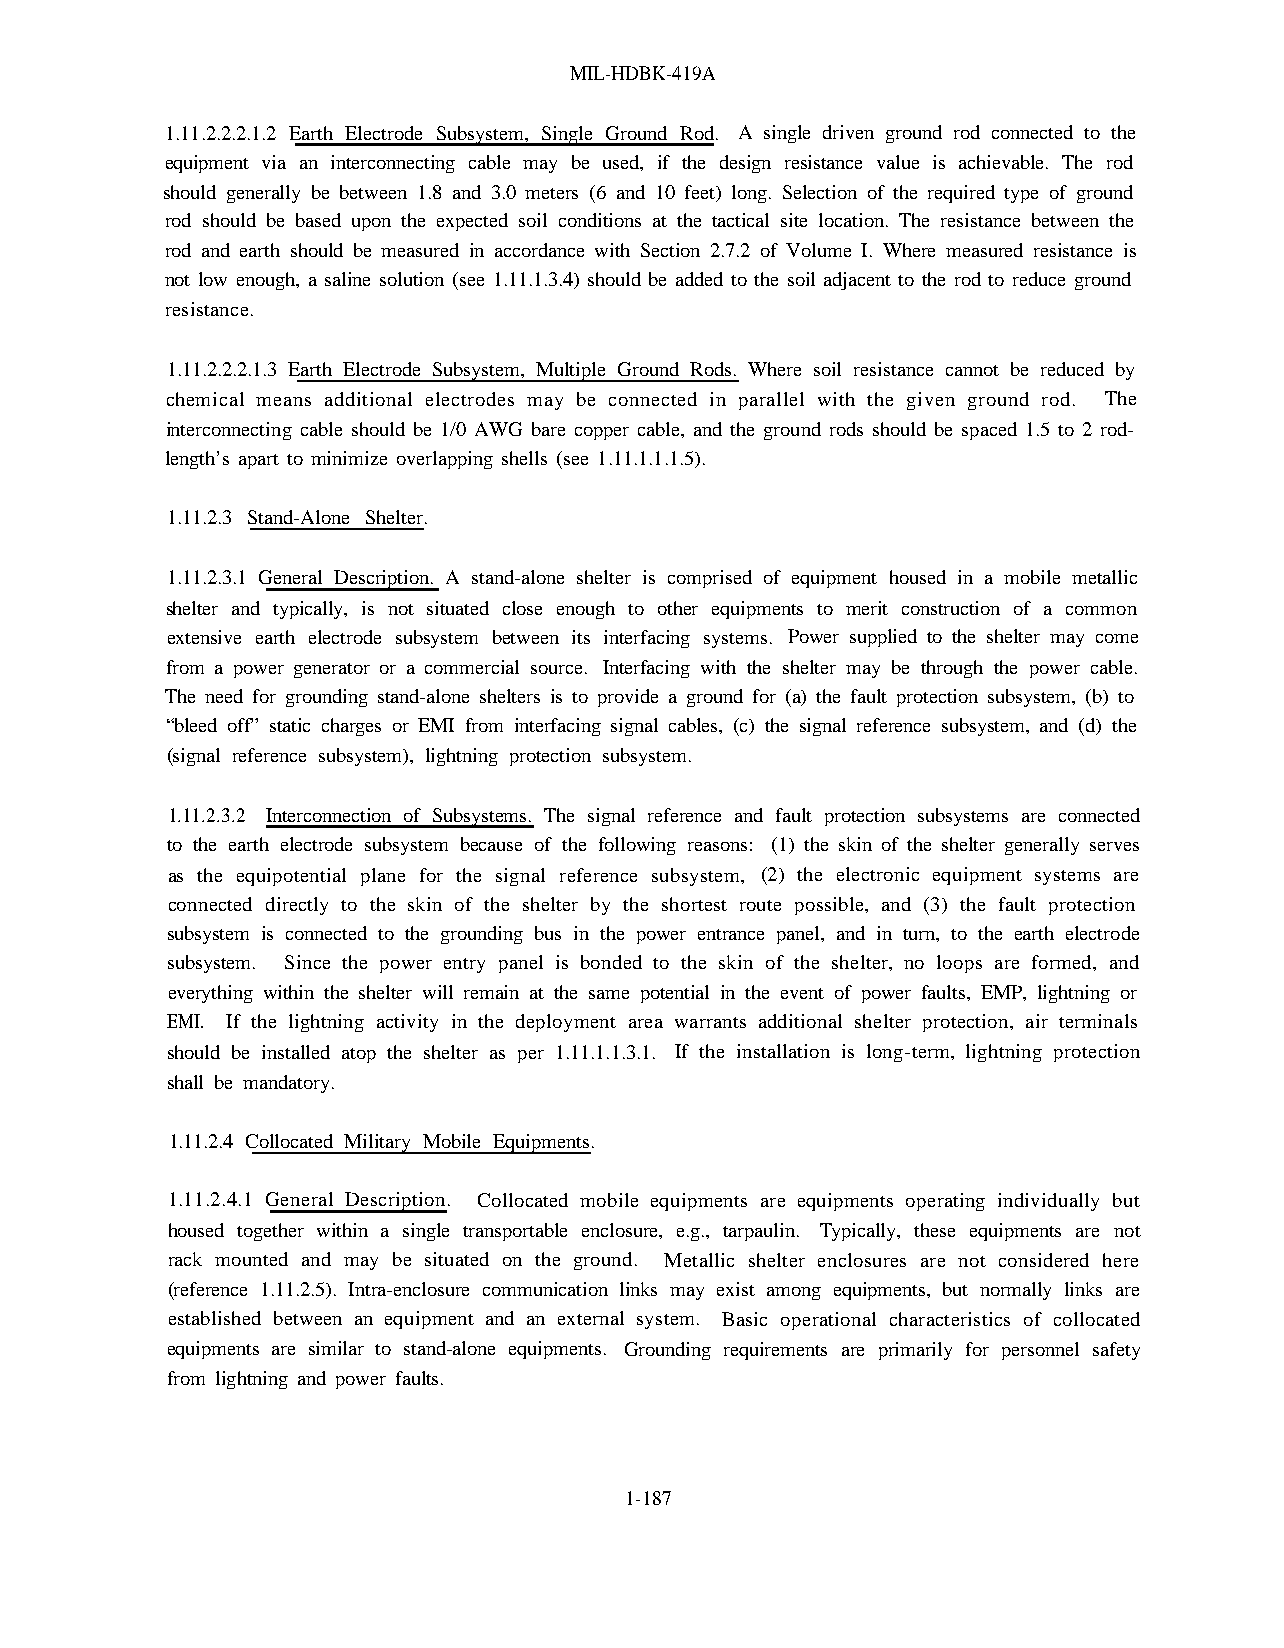
MIL-HDBK-419A
 1.11.2.2.2.1.2 Earth Electrode Subsystem, Single Ground Rod. A single driven ground rod connected to the
 equipment via an interconnecting cable may be used, if the design resistance value is achievable. The rod
 should generally be between 1.8 and 3.0 meters (6 and 10 feet) long. Selection of the required type of ground
 rod should be based upon the expected soil conditions at the tactical site location. The resistance between the
 rod and earth should be measured in accordance with Section 2.7.2 of Volume I. Where measured resistance is
 not low enough, a saline solution (see 1.11.1.3.4) should be added to the soil adjacent to the rod to reduce ground
 resistance.
 1.11.2.2.2.1.3 Earth Electrode Subsystem, Multiple Ground Rods. Where soil resistance cannot be reduced by
 chemical means additional electrodes may be connected in parallel with the given ground rod. The
 interconnecting cable should be 1/0 AWG bare copper cable, and the ground rods should be spaced 1.5 to 2 rod-
 length’s apart to minimize overlapping shells (see 1.11.1.1.1.5).
 1.11.2.3 Stand-Alone Shelter.
 1.11.2.3.1 General Description. A stand-alone shelter is comprised of equipment housed in a mobile metallic
 shelter and typically, is not situated close enough to other equipments to merit construction of a common
 extensive earth electrode subsystem between its interfacing systems. Power supplied to the shelter may come
 from a power generator or a commercial source. Interfacing with the shelter may be through the power cable.
 The need for grounding stand-alone shelters is to provide a ground for (a) the fault protection subsystem, (b) to
 “bleed off” static charges or EMI from interfacing signal cables, (c) the signal reference subsystem, and (d) the
 (signal reference subsystem), lightning protection subsystem.
 1.11.2.3.2 Interconnection of Subsystems. The signal reference and fault protection subsystems are connected
 to the earth electrode subsystem because of the following reasons: (1) the skin of the shelter generally serves
 as the equipotential plane for the signal reference subsystem, (2) the electronic equipment systems are
 connected directly to the skin of the shelter by the shortest route possible, and (3) the fault protection
 subsystem is connected to the grounding bus in the power entrance panel, and in turn, to the earth electrode
 subsystem. Since the power entry panel is bonded to the skin of the shelter, no loops are formed, and
 everything within the shelter will remain at the same potential in the event of power faults, EMP, lightning or
 EMI. If the lightning activity in the deployment area warrants additional shelter protection, air terminals
 should be installed atop the shelter as per 1.11.1.1.3.1. If the installation is long-term, lightning protection
 shall be mandatory.
 1.11.2.4 Collocated Military Mobile Equipments.
 1.11.2.4.1 General Description. Collocated mobile equipments are equipments operating individually but
 housed together within a single transportable enclosure, e.g., tarpaulin. Typically, these equipments are not
 rack mounted and may be situated on the ground. Metallic shelter enclosures are not considered here
 (reference 1.11.2.5). Intra-enclosure communication links may exist among equipments, but normally links are
 established between an equipment and an external system. Basic operational characteristics of collocated
 equipments are similar to stand-alone equipments. Grounding requirements are primarily for personnel safety
 from lightning and power faults.
 1-187